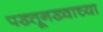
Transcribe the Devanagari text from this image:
पख्तूनख्वाच्या